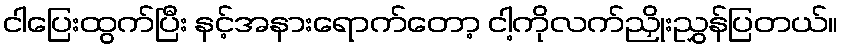
ငါပြေးထွက်ပြီး နင့်အနားရောက်တော့ ငါ့ကိုလက်ညှိုးညွှန်ပြတယ်။